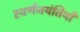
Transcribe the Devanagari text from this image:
स्वर्णजयंतियाँ